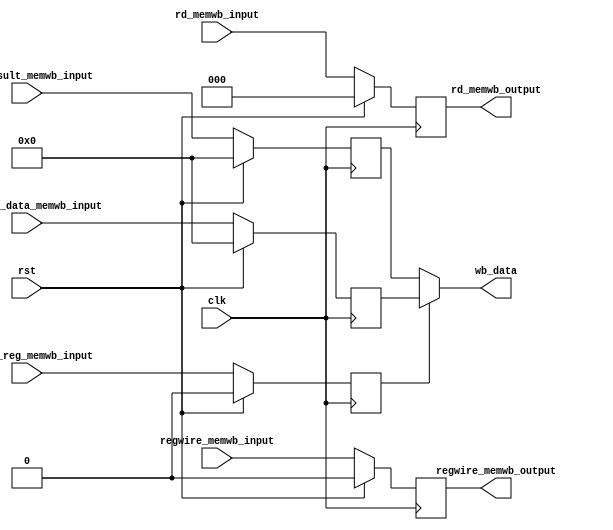
// =============================================================================
// -----------------------------------------------------------------------------
// This file include the MEM/WB pipline register for RISC.
// =============================================================================
`timescale 1ns / 1ps

module memwb(	
	output reg regwire_memwb_output,
	output reg [2:0] rd_memwb_output,			//instruction[10:8]
	output wire [7:0] wb_data,		//mux output write back to register file
	
	input wire regwire_memwb_input,
	input wire mem_to_reg_memwb_input,
	input wire [7:0] read_ram_data_memwb_input,
	input wire [7:0] alu_result_memwb_input,
	input wire [2:0] rd_memwb_input,			//instruction[10:8]
	input wire rst,
	input wire clk
);

reg mem_to_reg_memwb_output;
reg [7:0] read_ram_data_memwb_output, alu_result_memwb_output;

assign wb_data =  mem_to_reg_memwb_output ? read_ram_data_memwb_output : alu_result_memwb_output; //write back data

always@(posedge clk)begin
	if(rst)begin
		regwire_memwb_output <= 1'b0;
		read_ram_data_memwb_output <= 8'b0000_0000;
		alu_result_memwb_output <= 8'b0000_0000;
		rd_memwb_output <= 3'b000;
		mem_to_reg_memwb_output <= 1'b0;
	end else begin
		regwire_memwb_output <= regwire_memwb_input;
		read_ram_data_memwb_output <= read_ram_data_memwb_input;
		alu_result_memwb_output <= alu_result_memwb_input;
		rd_memwb_output <= rd_memwb_input;
		mem_to_reg_memwb_output <= mem_to_reg_memwb_input;
	end
end

endmodule